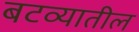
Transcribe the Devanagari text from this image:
बटव्यातील